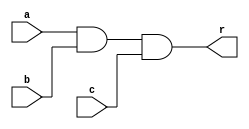
`timescale 1ps/1ps
module and3gate(a,b,c,r);
  input a,b,c;
  output r;
  
  assign #30 r = a & b & c;
  
endmodule